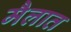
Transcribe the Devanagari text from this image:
मैलात